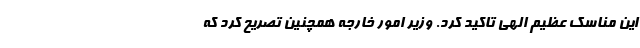
این مناسک عظیم الهی تاکید کرد. وزیر امور خارجه همچنین تصریح کرد که